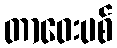
တာဝေးပစ်